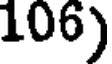
106)